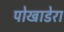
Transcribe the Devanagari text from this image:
पोखाडेरा